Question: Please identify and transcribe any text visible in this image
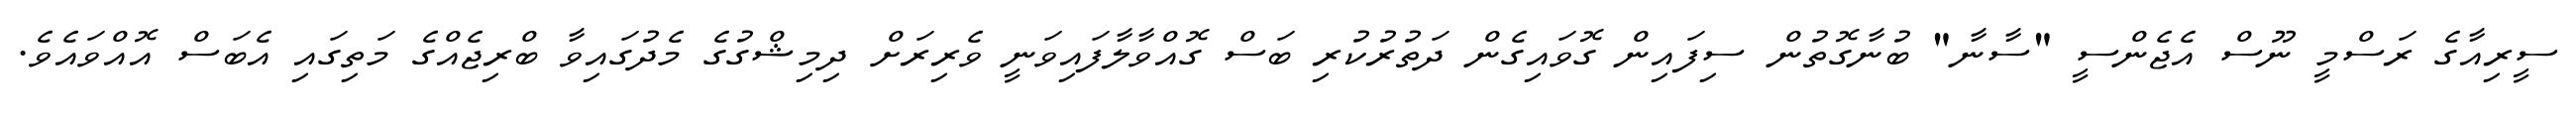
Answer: ސީރިއާގެ ރަސްމީ ނޫސް އެޖެންސީ "ސާނާ" ބުނާގޮތުން ސިފައިން ގޮވައިގެން ދަތުރުކުރި ބަސް ގޮއްވާލާފައިވަނީ ވެރިރަށް ދިމިޝްގުގެ މެދުގައިވާ ބްރިޖެއްގެ މަތިގައި އެބަސް އޮއްވައެވެ.